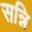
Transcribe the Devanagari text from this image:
सन्नि